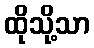
ထိုသို့သာ